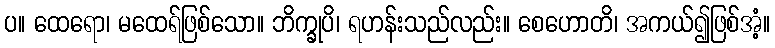
ပ။ ထေရော၊ မထေရ်ဖြစ်သော။ ဘိက္ခုပိ၊ ရဟန်းသည်လည်း။ စေဟောတိ၊ အကယ်၍ဖြစ်အံ့။